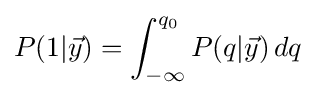
P(1|{\vec {y}})=\int _{-\infty }^{q_{0}}P(q|{\vec {y}})\,dq